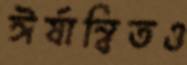
ঈর্ষান্বিতও